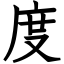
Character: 度